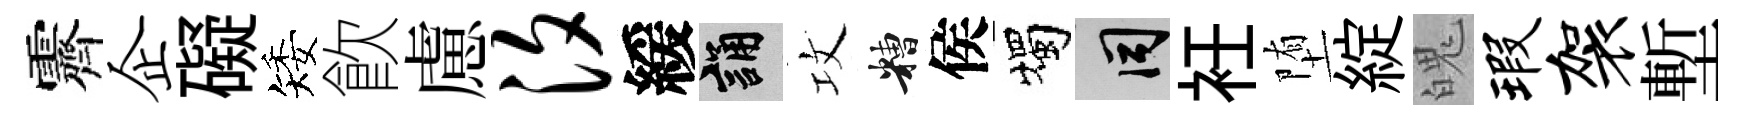
霽企礙矮飮慮汐緩誦攻糟侯燭间衽堕綻魄瑕袈塹